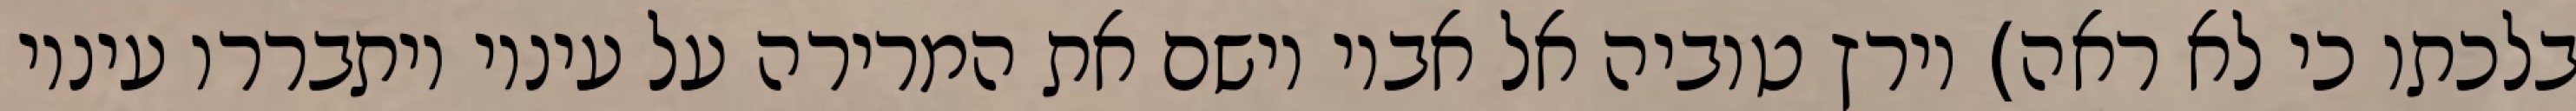
בלכתו כי לא ראה) וירץ טוביה אל אביו וישם את המרירה על עיניו ויתבררו עיניו